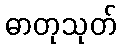
ဓာတုသုတ်